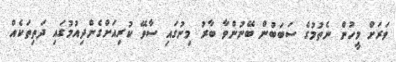
ވަރަށް މީހުން ނެތުމުގެ ސަބަބުން ބޭނުންވާ ބާރު މިނުގައި ސާވޭ ކުރިއަށްގެންދިއުމުގައި ދަތިތަކެއް